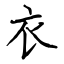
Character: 衣